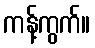
ကန့်ကွက်။